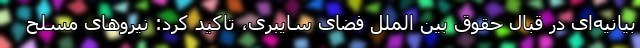
بیانیه‌ای در قبال حقوق بین الملل فضای سایبری، تاکید کرد: نیروهای مسلح